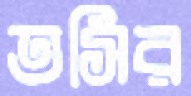
তসির